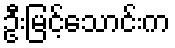
ဦးမြင့်သောင်းက